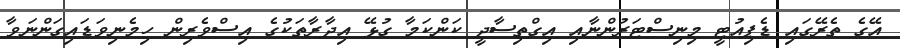
އޭގެ ތެރޭގައި ޑެޕިއުޓީ މިނިސްޓަރުންނާއި އިގްތިސާދީ ކަންކަމާ ގުޅޭ އިދާރާތަކުގެ އިސްވެރިން ހިމެނިވަޑައިގަންނަވާ